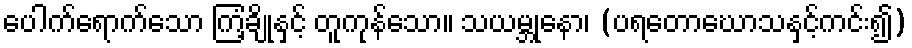
ပေါက်ရောက်သော ကြံ့ချိုနှင့် တူကုန်သော။ သယမ္ဘုနော၊ (ပရတောဃောသနှင့်ကင်း၍)